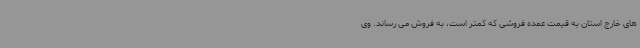
های خارج استان به قیمت عمده فروشی که کمتر است، به فروش می رساند. وی